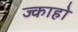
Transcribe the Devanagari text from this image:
ज्काहो